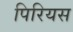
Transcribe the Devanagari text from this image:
पिरियस